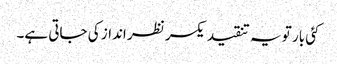
کئی بار تو یہ تنقید یکسر نظر انداز کی جاتی ہے۔